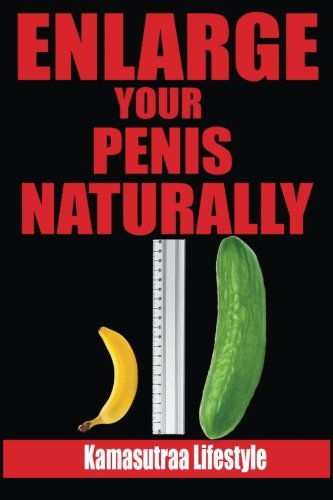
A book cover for Enlarge Your Penis: Naturally, Giving You The Best Jelqing, Kegel Exercises and Delivering Excellent Jelqing Results (Penis Excersises, Penis ... Penis Enlargment, Kegel Exercise For Men); Kamasutra Lifestyle; Health, Fitness & Dieting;